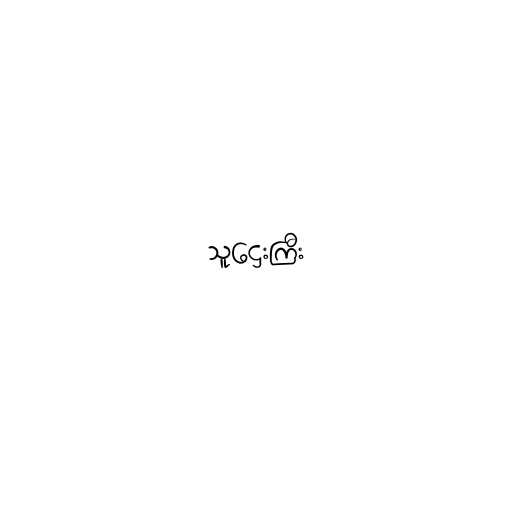
သူဌေးကြီး